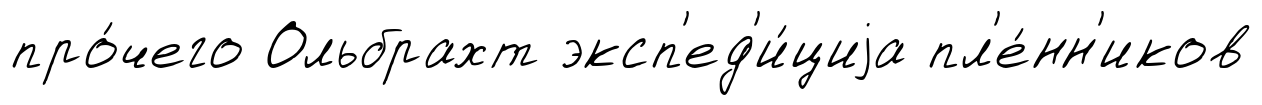
про́чего Ольбрахт эксп'ед'и́циjа пл'е́нн'иков